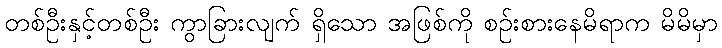
တစ်ဦးနှင့်တစ်ဦး ကွာခြားလျက် ရှိသော အဖြစ်ကို စဉ်းစားနေမိရာက မိမိမှာ